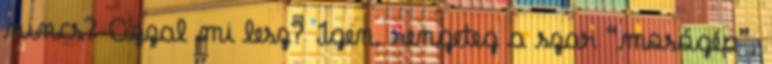
nincs? Azzal mi lesz? Igen, rengeteg a szar “mosógép”,